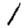
Digit: 1